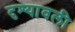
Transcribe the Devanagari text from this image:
दृश्‍यावली